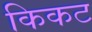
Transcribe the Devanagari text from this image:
किकट